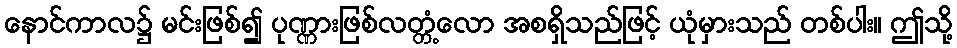
နောင်ကာလ၌ မင်းဖြစ်၍ ပုဏ္ဏားဖြစ်လတ္တံ့လော အစရှိသည်ဖြင့် ယုံမှားသည် တစ်ပါး။ ဤသို့